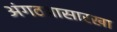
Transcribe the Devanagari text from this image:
अंगठय़ासारखा